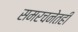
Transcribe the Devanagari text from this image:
समरचनेतही